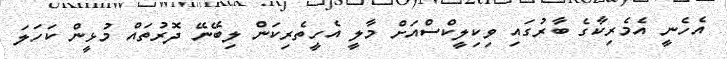
އެހެނީ އެމެރިކާގެ ބާރުގައި ވިކިލީކްސްއަށް މާލީ އެހީތެރިކަން ލިބޭނޭ ދޮރުތައް މުޅީން ކަހަލަ